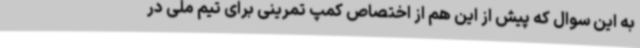
به این سوال که پیش از این هم از اختصاص کمپ تمرینی برای تیم ملی در